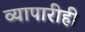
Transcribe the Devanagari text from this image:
व्यापारीही